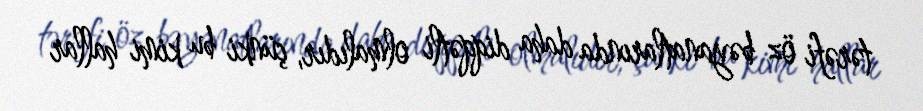
tərəfi öz bəyanatlarında daha diqqətli olmalıdır, çünki bu kimi hallar